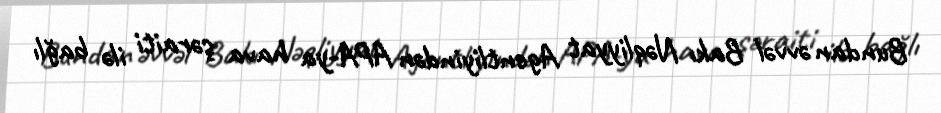
Bundan əvvəl Bakı Nəqliyyat Agentliyindən APA-ya hava şəraiti ilə bağlı